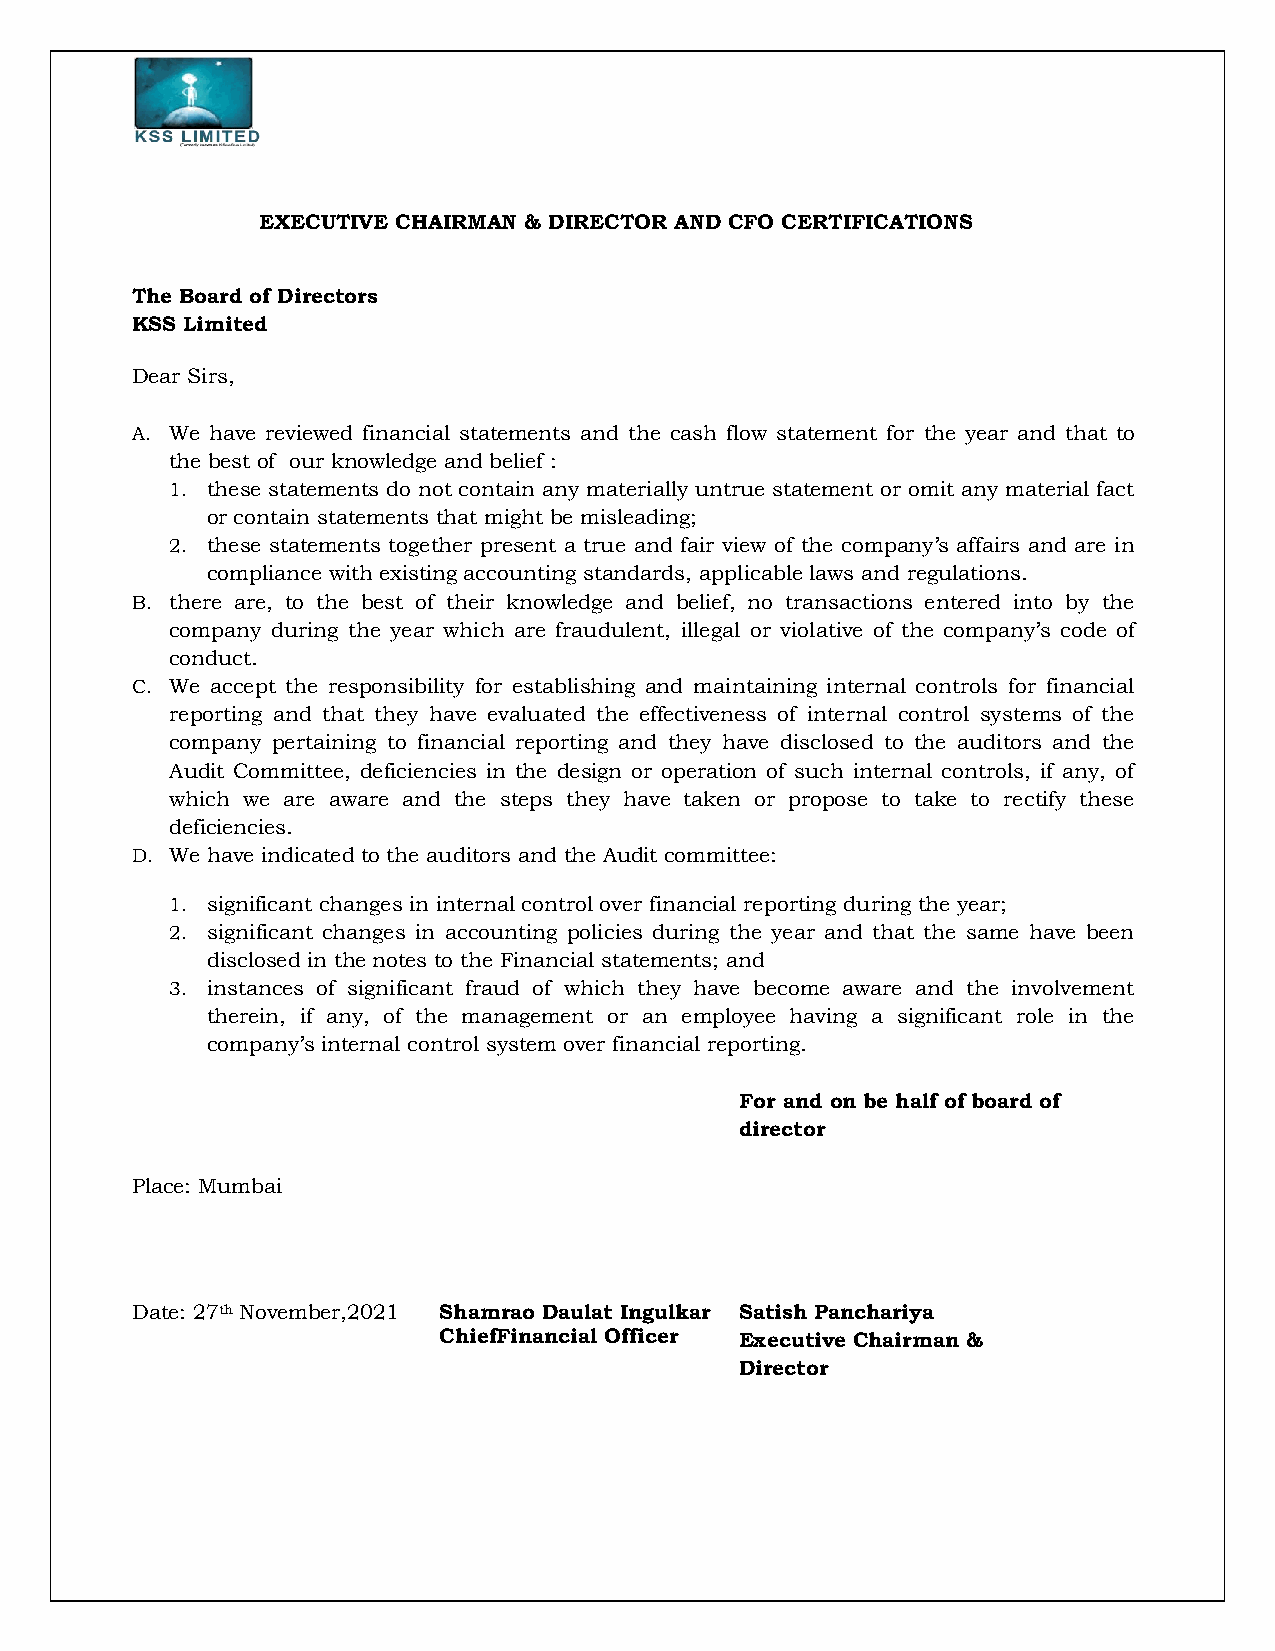
EXECUTIVE CHAIRMAN & DIRECTOR AND CFO CERTIFICATIONS
 The Board of Directors
 KSS Limited
 Dear Sirs,
 A. We have reviewed financial statements and the cash flow statement for the year and that to
 the best of our knowledge and belief :
 1. these statements do not contain any materially untrue statement or omit any material fact
 or contain statements that might be misleading;
 2. these statements together present a true and fair view of the company’s affairs and are in
 compliance with existing accounting standards, applicable laws and regulations.
 B. there are, to the best of their knowledge and belief, no transactions entered into by the
 company during the year which are fraudulent, illegal or violative of the company’s code of
 conduct.
 C. We accept the responsibility for establishing and maintaining internal controls for financial
 reporting and that they have evaluated the effectiveness of internal control systems of the
 company pertaining to financial reporting and they have disclosed to the auditors and the
 Audit Committee, deficiencies in the design or operation of such internal controls, if any, of
 which we are aware and the steps they have taken or propose to take to rectify these
 deficiencies.
 D. We have indicated to the auditors and the Audit committee:
 1. significant changes in internal control over financial reporting during the year;
 2. significant changes in accounting policies during the year and that the same have been
 disclosed in the notes to the Financial statements; and
 3. instances of significant fraud of which they have become aware and the involvement
 therein, if any, of the management or an employee having a significant role in the
 company’s internal control system over financial reporting.
 For and on be half of board of
 director
 Place: Mumbai
 Date: 27th November,2021 Shamrao Daulat Ingulkar Satish Panchariya
 ChiefFinancial Officer Executive Chairman &
 Director